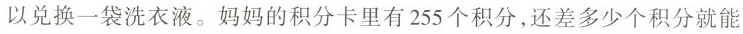
以兑换一袋洗衣液。妈妈的积分卡里有255个积分，还差多少个积分就能